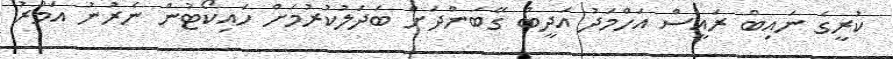
ކުރީގެ ނައިބް ރައީސް އަހްމަދު އަދީބް ގޭބަންދަށް ބަދަލުކުރުމަށް ހައިކޯޓުން ނެެރުނު އަމުރު